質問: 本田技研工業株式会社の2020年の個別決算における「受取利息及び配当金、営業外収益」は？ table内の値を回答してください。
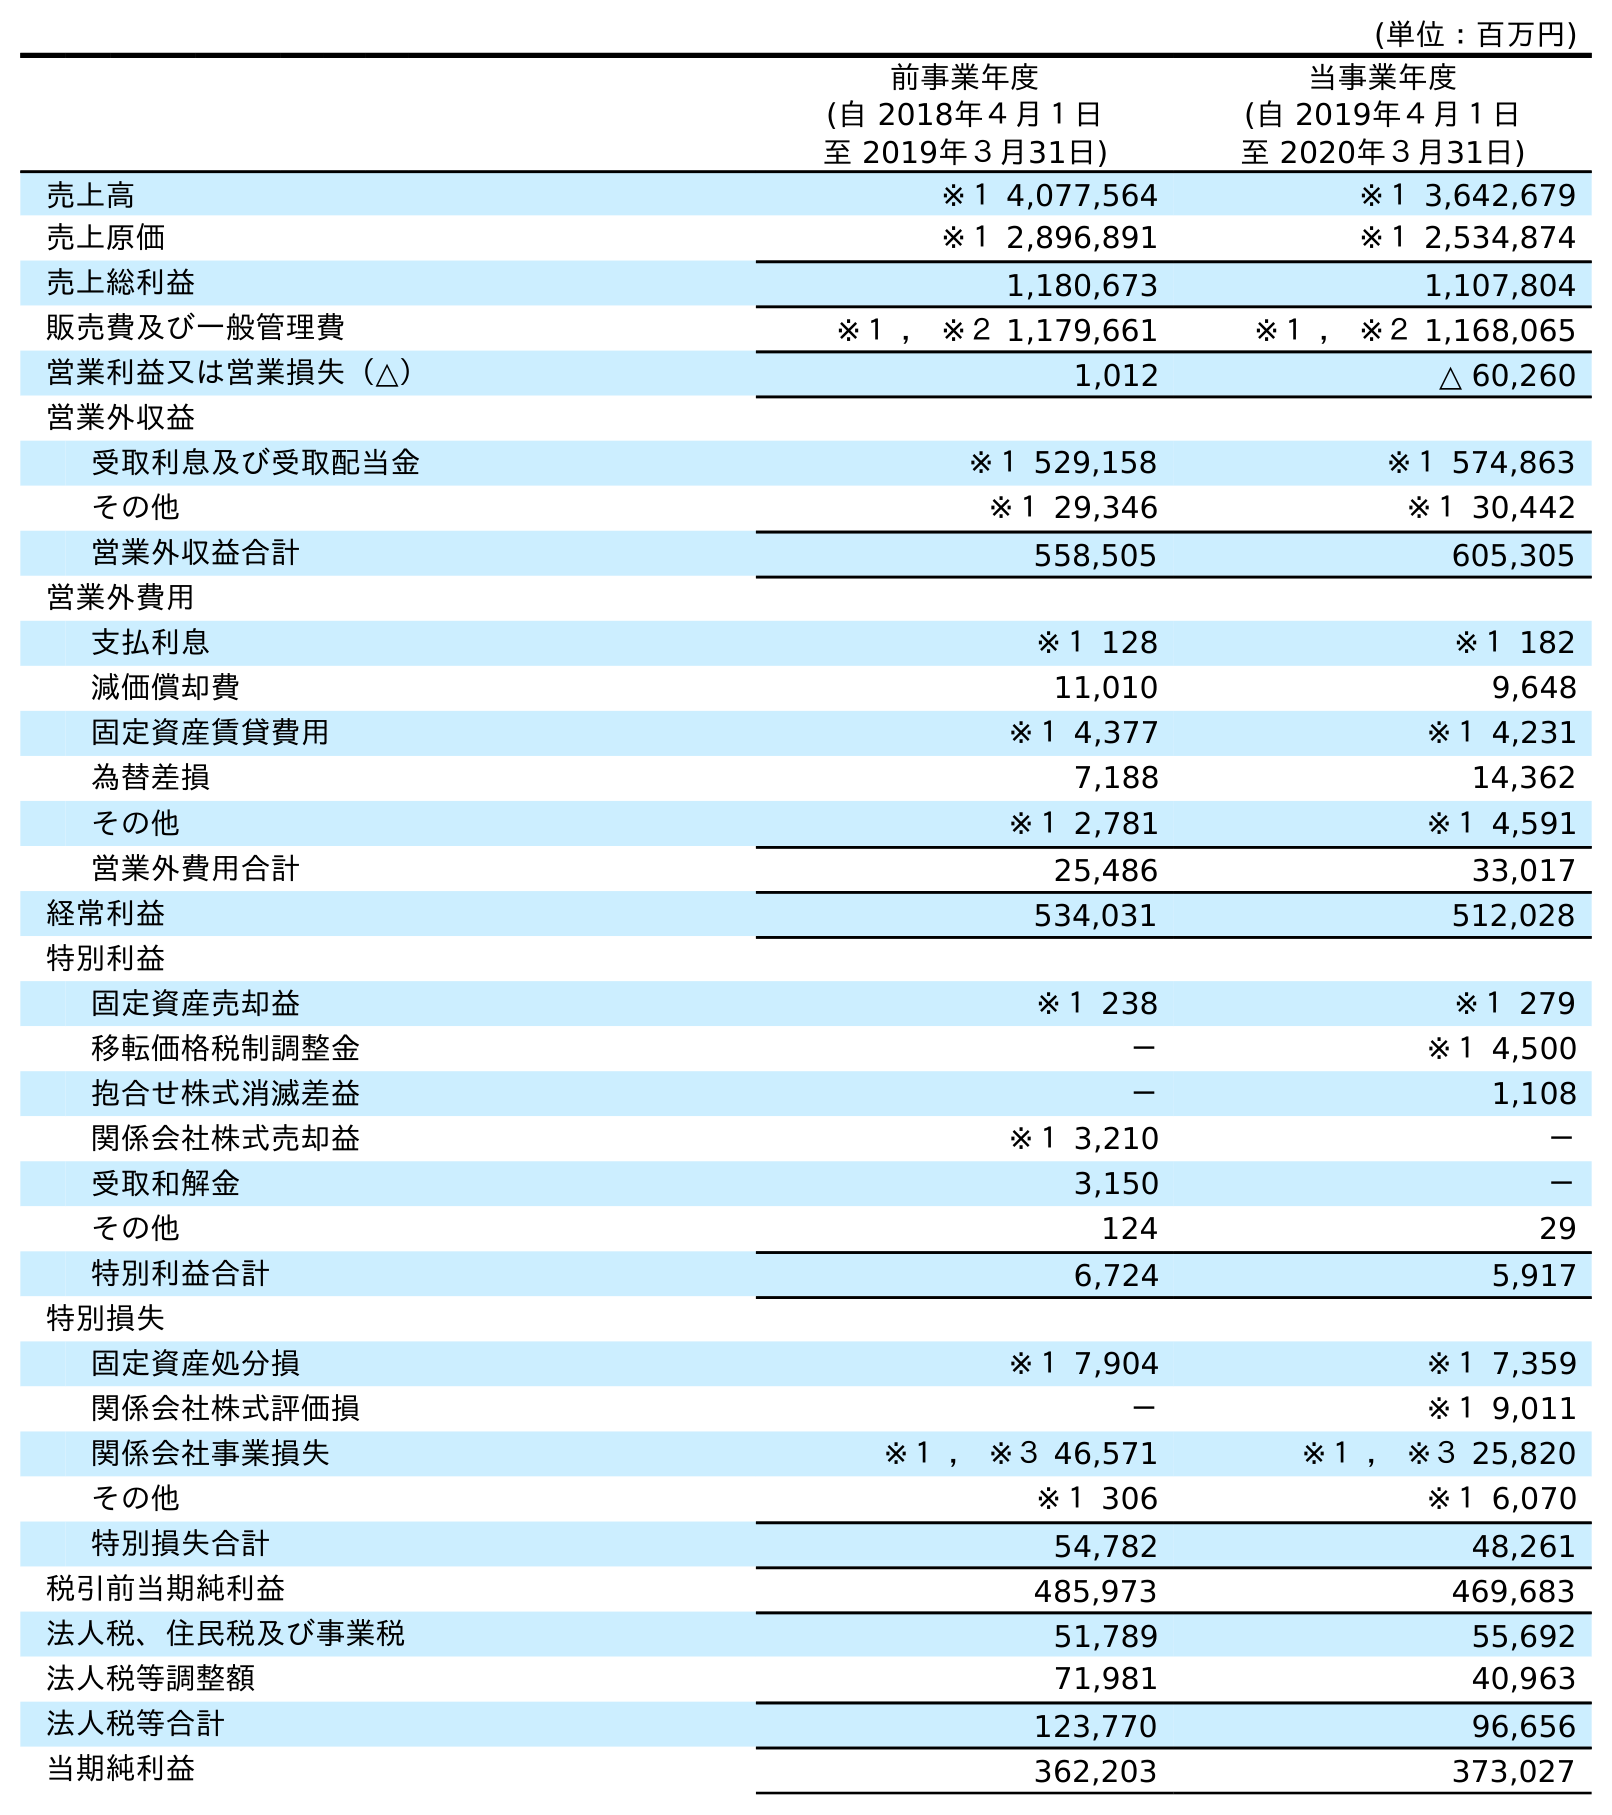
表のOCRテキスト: (単位：百万円) 前事業年度 (自 2018年４月１日 至 2019年３月31日) 当事業年度 (自 2019年４月１日 至 2020年３月31日) 売上高 ※１ 4,077,564 ※１ 3,642,679 売上原価 ※１ 2,896,891 ※１ 2,534,874 売上総利益 1,180,673 1,107,804 販売費及び一般管理費 ※１ ， ※２ 1,179,661 ※１ ， ※２ 1,168,065 営業利益又は営業損失（△） 1,012 △ 60,260 営業外収益 受取利息及び受取配当金 ※１ 529,158 ※１ 574,863 その他 ※１ 29,346 ※１ 30,442 営業外収益合計 558,505 605,305 営業外費用 支払利息 ※１ 128 ※１ 182 減価償却費 11,010 9,648 固定資産賃貸費用 ※１ 4,377 ※１ 4,231 為替差損 7,188 14,362 その他 ※１ 2,781 ※１ 4,591 営業外費用合計 25,486 33,017 経常利益 534,031 512,028 特別利益 固定資産売却益 ※１ 238 ※１ 279 移転価格税制調整金 － ※１ 4,500 抱合せ株式消滅差益 － 1,108 関係会社株式売却益 ※１ 3,210 － 受取和解金 3,150 － その他 124 29 特別利益合計 6,724 5,917 特別損失 固定資産処分損 ※１ 7,904 ※１ 7,359 関係会社株式評価損 － ※１ 9,011 関係会社事業損失 ※１ ， ※３ 46,571 ※１ ， ※３ 25,820 その他 ※１ 306 ※１ 6,070 特別損失合計 54,782 48,261 税引前当期純利益 485,973 469,683 法人税、住民税及び事業税 51,789 55,692 法人税等調整額 71,981 40,963 法人税等合計 123,770 96,656 当期純利益 362,203 373,027
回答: ※１574,863